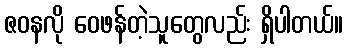
ဇဝနလို ဝေဖန်တဲ့သူတွေလည်း ရှိပါတယ်။